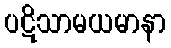
ပဋိသာမယမာနာ